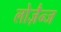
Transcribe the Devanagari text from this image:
लोज़ैन्ज